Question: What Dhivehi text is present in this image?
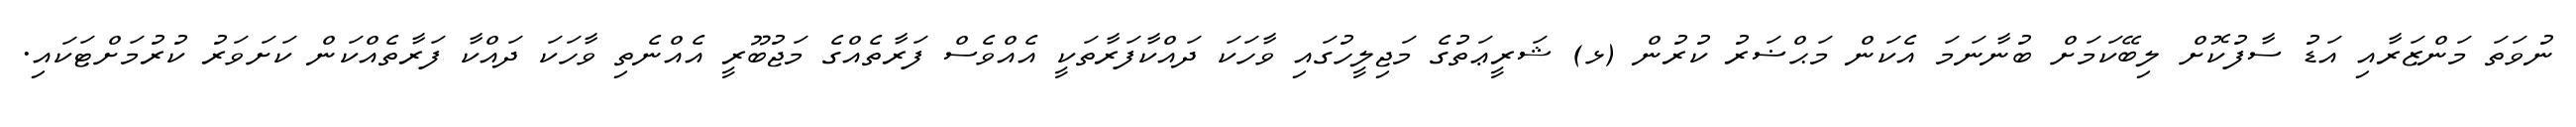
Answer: ނުވަތަ މަންޒަރާއި އަޑު ސާފުކޮށް ލިބޭކަމަށް ބުނާނަމަ އެކަން މަޙްޟަރު ކުރުން (ޅ) ޝަރީޢަތުގެ މަޖިލީހުގައި ވާހަކަ ދައްކާފަރާތަކީ އެއްވެސް ފަރާތެއްގެ މަޖުބޫރީ އެއްނެތި ވާހަކަ ދައްކާ ފަރާތެއްކަން ކަށަވަރު ކުރުމަށްޓަކައި.